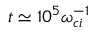
t \simeq 1 0 ^ { 5 } \omega _ { c i } ^ { - 1 }